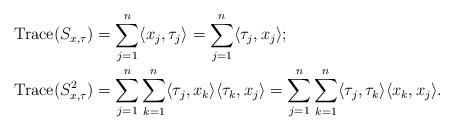
LaTeX: \begin{align*}&\operatorname{Trace}(S_{x,\tau})=\sum_{j=1}^n\langle x_j,\tau_j \rangle=\sum_{j=1}^n\langle \tau_j,x_j \rangle;\\ &\operatorname{Trace}(S^2_{x,\tau}) =\sum_{j=1}^n\sum_{k=1}^n\langle \tau_j,x_k\rangle \langle \tau_k,x_j\rangle=\sum_{j=1}^n\sum_{k=1}^n\langle \tau_j,\tau_k\rangle \langle x_k,x_j\rangle .\end{align*}